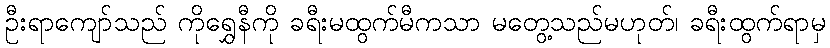
ဦးရာကျော်သည် ကိုရွှေနီကို ခရီးမထွက်မီကသာ မတွေ့သည်မဟုတ်၊ ခရီးထွက်ရာမှ